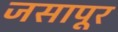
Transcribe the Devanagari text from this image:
जसापूर